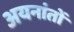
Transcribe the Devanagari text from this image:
अयनांतों